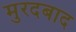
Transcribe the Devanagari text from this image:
मुरदबाद